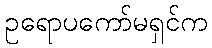
ဥရောပကော်မရှင်က